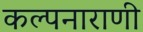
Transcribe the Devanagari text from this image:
कल्पनाराणी